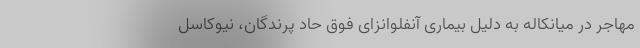
مهاجر در میانکاله به دلیل بیماری آنفلوانزای فوق حاد پرندگان، نیوکاسل